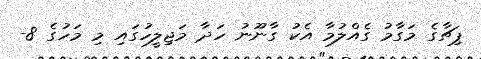
ޕިޗާގެ މަގާމު ގެއްލުމާ އެކު ގާނޫނު ހަދާ މަޖިލީހުގައި މި މަހުގެ 8-